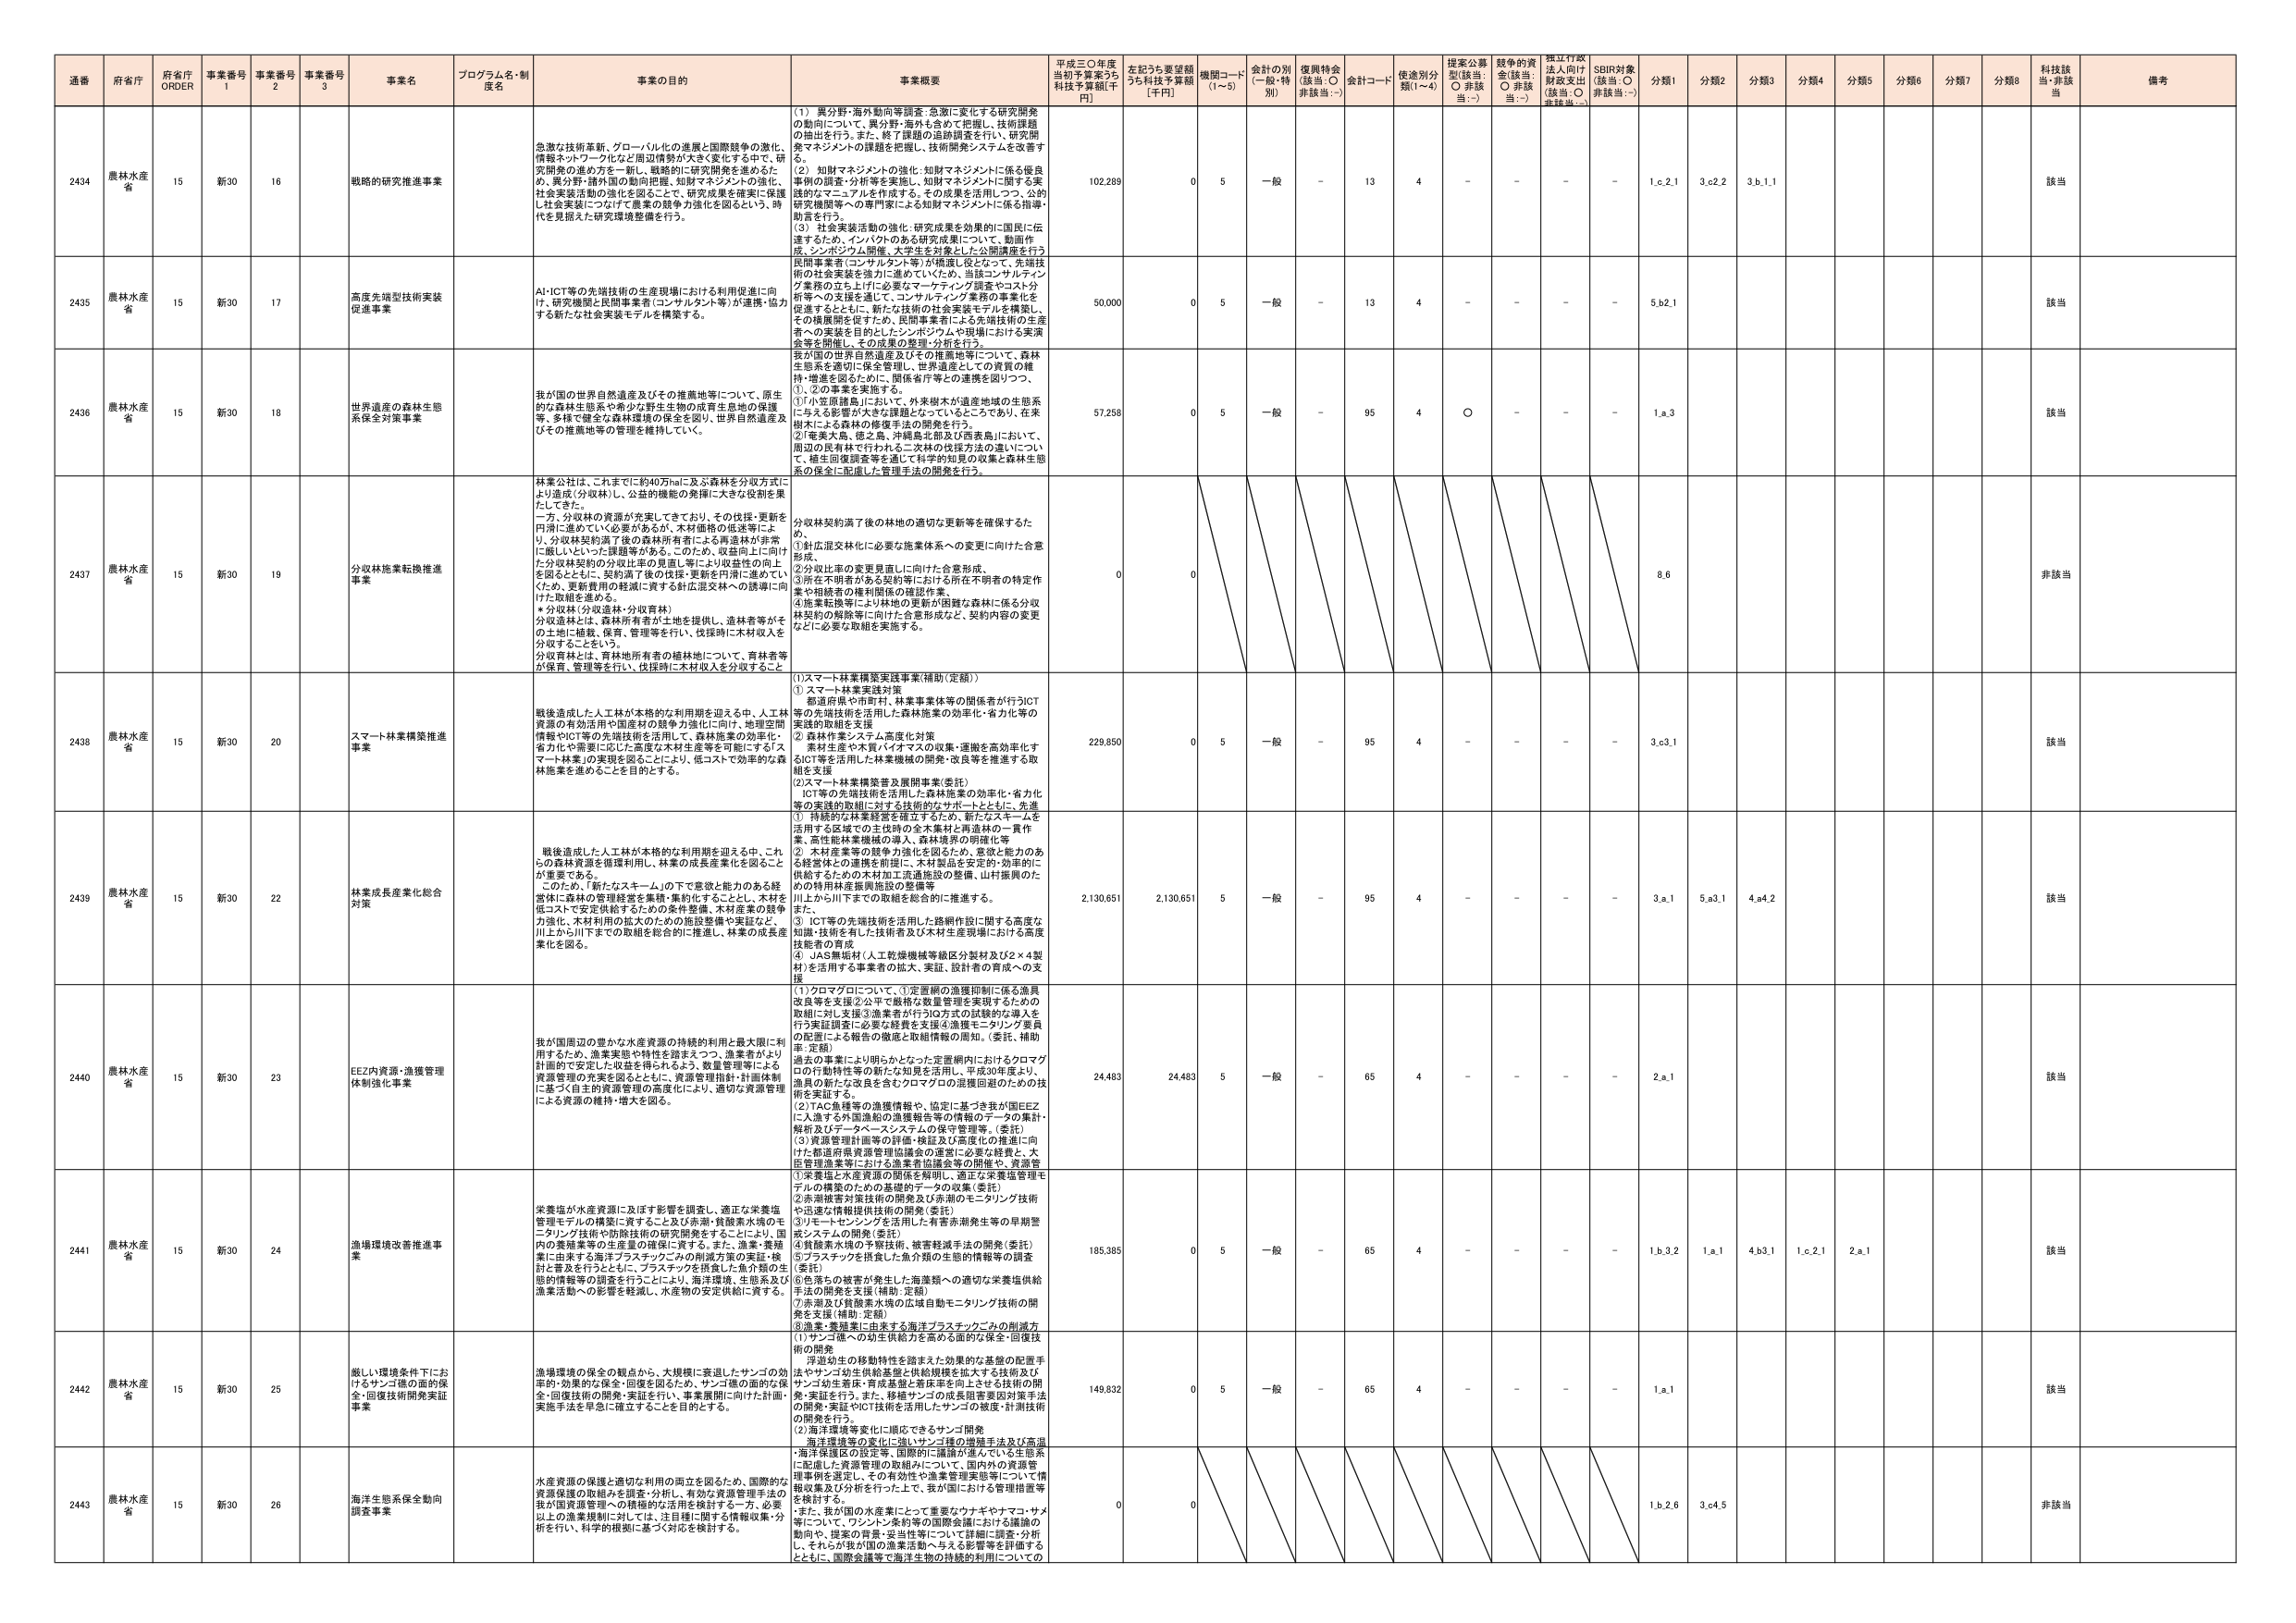
通番 府省庁 府省庁 ORDER 事業番号 1 事業番号 2 事業番号 3 事業名 プログラム名・制度名 事業の目的 事業概要 平成三〇年度当初予算案うち 科技予算額[千円] 左記うち要望額うち科技予算額 [千円] 機関コード (1～5) 会計の別 (一般・特別) 復興特会 (該当：○ 非該当：-) 会計コード 使途別分類(1～4) 提案公募型(該当：○ 非該当：-) 越年の資金(該当：○ 非該当：-) 捏江行政法人向け財政支出(該当：○ 非該当：-) SDBR対象(該当：○ 非該当：-) 分類1 分類2 分類3 分類4 分類5 分類6 分類7 分類8 科技該当・非該当 備考

2434 農林水産省 15 新30 16 戦略的研究推進事業 急激な技術革新、グローバル化の進展と国際競争の激化、情報ネットワーク化など周辺情勢が大きく変化する中で、研究開発の進め方を一新し、戦略的に研究開発を進めるため、異分野・諸外国の動向把握、知財マネジメントの強化、社会実装活動の強化を図ることで、研究成果を確実に保護し社会実装につなげて産業の競争力強化を図るとともに、時代を見据えた研究環境整備を行う。 (1) 異分野・海外動向等調査：急激に変化する研究開発の動向について、異分野・海外も含めて把握し、技術課題の抽出を行う。また、終了課題の追跡調査を行い、研究開発マネジメントの課題を把握し、技術開発システムを改善する。 (2) 知財マネジメントの強化：知財マネジメントに係る優良事例の調査・分析等を実施し、知財マネジメントに関する実践的なマニュアルを作成する。その成果を活用しつつ、公的研究機関等への専門家による知財マネジメントに係る指導・助言を行う。 (3) 社会実装活動の強化：研究成果を効果的に国民に伝達するため、インパクトのある研究成果について、動画作成、シンポジウム開催、大学生を対象とした公開講座を行う。民間事業者（コンサルタント等）が検討し役立つことで、先端技術の社会実装を強力に進めていくため、当該コンサルティング業務の立ち上げに必要なマーケティング調査やコスト分析等への支援を促進し、コンサルティング業務の事業化を促進するとともに、新たな技術の社会実装モデルを構築し、その橋渡しを図る。また、民間事業者による先端技術の生産者への実装を目的としたシンポジウムや現場における実演会等を開催し、その成果の整理・分析を行う。 102,289 0 5 一般 - 13 4 - - - - 1.c.2.1 3.c2.2 3.b.1.1 該当

2435 農林水産省 15 新30 17 高度先端技術実装促進事業 AI・ICT等の先端技術の生産現場における利用促進に向け、研究機関と民間事業者（コンサルタント等）が連携・協力する新たな社会実装モデルを構築する。 50,000 0 5 一般 - 13 4 - - - - 5.b2.1 該当

2436 農林水産省 15 新30 18 世界遺産の森林生態系保全対策事業 我が国の世界自然遺産及びその推薦地等について、原生的な森林生態系や希少な野生生物の成育生息地の保護等、多様で健全な森林環境の保全を図り、世界自然遺産及びその推薦地等の管理を維持していく。 我が国の世界自然遺産及びその推薦地等について、森林生態系を適切に保全管理し、世界遺産としての資質の維持・増進を図るために、関係省庁等との連携を図りつつ、①、②の事業を実施する。 ①「小笠原諸島」において、外来樹木が遺産地域の生態系に与える影響が大きさが課題となっていることから、在来樹木による森林の修復手法の開発を行う。 ②「奄美大島、徳之島、沖縄島北部及び西表島」において、周辺の民有林で行われる二次林の伐採方法の違いについて、植生回復調査等を通じて科学的知見の収集と森林生態系の保全に配慮した管理手法の開発を行う。 57,258 0 5 一般 - 95 4 ○ - - - 1.a.3 該当

2437 農林水産省 15 新30 19 分収林施策転換推進事業 林業公社は、これまでに約40万haに及ぶ森林を分収方式により造成（分収林）し、公益的機能の発揮に大きな役割を果たしてきた。一方、分収林の資源が充実してきており、その伐採・更新を円滑に進めていく必要があるが、木材価格の低迷等により、分収林契約満了後の森林所有者による再造林が非常に厳しいといった課題等がある。このため、収益向上に向けた分収林契約の分収比率の見直し等により収益性の向上を図るとともに、契約満了後の伐採・更新を円滑に進めていくため、更新費用の軽減に資する針広混交林への誘導に向けた取組を進める。 ＊分収林（分収造林・分収育林） 分収造林とは、森林所有者が土地を提供し、造林者等がその土地に植栽、保育、管理等を行い、伐採時に木材収入を分収することをいう。 分収育林とは、育林地所有者の植林地について、育林者等が保育、管理等を行い、伐採時に木材収入を分収すること。 分収林契約満了後の林地の適切な更新等を確保するため、 ①針広混交林化に必要な施業体系への変更に向けた合意形成。 ②分収比率の変更見直しに向けた合意形成。 ③所在不明者がある契約等における所在不明者の特定作業や相続者の権利関係の確認作業。 ④農業転換等により林地の更新が困難な森林に係る分収林契約の解除等に向けた合意形成など、契約内容の変更などに必要な取組を実施する。 0 0 非該当

2438 農林水産省 15 新30 20 スマート林業構策推進事業 戦後造成した人工林が本格的な利用期を迎える中、人工林資源の有効活用や国産材の競争力強化に向け、地理空間情報やICT等の先端技術を活用して、森林施業の効率化・省力化や需要に応じた高質な木材生産等を可能にする「スマート林業」の実現を図ることにより、低コストで効率的な森林施業を進めるのを目的とする。 (1)スマート林業構策実践事業(補助)(定額) ①スマート林業実践対策 都道府県や市町村、林業事業体等の関係者が行うICT等の先端技術を活用した森林施業の効率化・省力化等の実践的取組を支援 ②素材作業システム高度化対策 素材生産や木質バイオマスの収集・運搬を高効率化するICT等を活用した林業機械の開発・改良等を推進する取組を支援 (2)スマート林業構策普及展開事業(委託) ICT等の先端技術を活用した森林施業の効率化・省力化等の実践的取組に対する技術的なサポートとともに、先進的取組の普及を図る。 229,850 0 5 一般 - 95 4 - - - - 3.c3.1 該当

2439 農林水産省 15 新30 22 林業成長産業化総合対策 戦後造成した人工林が本格的な利用期を迎える中、これらの森林資源を循環利用し、林業の成長産業化を図ることが重要である。このため、「新たなスキーム」の下で意欲と能力のある経営体に森林の管理経営を集積・集約化することにより、木材を低コストで安定供給するための条件整備、木材産業の競争力強化、木材利用の拡大のための施設整備や集証など、川上から川下までの取組を総合的に推進し、林業の成長産業化を図る。 (1) 持続的な林業経営を確立するため、新たなスキームを活用する区域での主伐時の全木素材と再造林の一貫作業、高性能林業機械の導入、森林業界の明確化等 (2) 木材産業等の競争力強化を図るため、意欲と能力のある経営体との連携を前提に、木材製品を安定的・効率的に供給するための木材加工流通施設の整備、山村振興のための特用林業振興施設の整備等 川上から川下までの取組を総合的に推進する。また、 (3) ICT等の先端技術を活用した路網作設に関する高度な知識・技術を有した技術者及び木材生産現場における高度技能者の育成 (4) JAS無垢材（人工乾燥機械等級区分製材及び2×4製材）を活用する事業者の拡大、実証、設計者の育成への支援 2,130,651 2,130,651 5 一般 - 95 4 - - - - 3.a.1 5.a3.1 4.a4.2 該当

2440 農林水産省 15 新30 23 EEZ内資源・漁獲管理体制強化事業 我が国周辺の豊かな水産資源の持続的利用と最大限に利用するため、漁業実態や特性を踏まえつつ、漁業者により計画的で安定した収益を図られるよう、数量管理等による資源管理の充実を図るとともに、資源管理指針・計画体制に基づく自主的資源管理の高度化により、適切な資源管理による資源の維持・増大を図る。 (1) クロマグロについて、①定量網の漁獲抑制に係る漁具改良等を支援②公平・厳格な数量管理を実現するための取組に対し支援③漁業者が行うIQ方式の試験的な導入を行う実証調査に必要な経費を支援④漁獲モニタリング要員の配置による報告の徹底と取組情報の周知。（委託、補助率：定額） 過去の事業により明らかとなった一定量網内におけるクロマグロの行動特性等の新たな知見を活用し、平成30年度より、漁具の新たな改良を含むクロマグロの漁獲回避のための技術を実証する。 (2) TAC魚種等の漁獲情報や、協定に基づき我が国EEZに入境する外国漁船の漁獲報告等の情報のデータの集計・解析及びデータベースシステムの保守管理等。（委託） (3) 資源管理計画等の評価・検証及び高度化の推進に向けた都道府県資源管理協議会の運営に必要な経費と、大規模管理漁業等における漁業者協議会等の開催や、資源等 24,483 24,483 5 一般 - 65 4 - - - - 2.a.1 該当

2441 農林水産省 15 新30 24 漁場環境改善推進事業 栄養塩が水産資源に及ぼす影響を調査し、適正な栄養塩管理モデルの構築に資すること及び赤潮・貧酸素水域のモニタリング技術や防除技術の研究開発をすることにより、国内の養殖業者の生産量の確保に資する。また、漁業・養殖業に従事する海洋プラスチックごみの削減方策の実証・検証を普及を行うとともに、プラスチック供給した魚介類の生態的情報等の調査を行うことにより、海洋環境、生態系及び漁業活動への影響を軽減し、水産物の安定供給に資する。 ①栄養塩と水産資源の関係を解明し、適正な栄養塩管理モデルの構築のための基礎的データの収集（委託） ②赤潮被害対策技術の開発及び赤潮のモニタリング技術や迅速な情報提供技術の開発（委託） ③リモートセンシングを活用した有害赤潮発生等の早期警戒システムの開発（委託） ④貧酸素水域の予察技術、酸素経減手法の開発（委託） ⑤プラスチックを供給した魚介類の生態的情報等の調査（委託） ⑥魚落ちの被害が発生した海藻類への適切な栄養塩供給手法の開発を支援（補助、定額） ⑦赤潮及び貧酸素水域の広域自動モニタリング技術の開発を支援（補助、定額） ⑧漁業・養殖業に由来する海洋プラスチックごみの削減方 185,385 0 5 一般 - 65 4 - - - - 1.b.3.2 1.a.1 4.b3.1 1.c.2.1 2.a.1 該当

2442 農林水産省 15 新30 25 厳しい環境条件下におけ るサンゴ礁の面的保全・回復技術開発実証事業 漁場環境の保全の観点から、大規模に衰退したサンゴの効果的・効率的な保全・回復を図るため、サンゴ礁の面的な保全・回復技術の開発・実証を行い、事業展開に向けた計画・実施手法を早急に確立することを目的とする。 (1) サンゴ礁への幼生供給力を高める面的な保全・回復技術の開発 浮遊幼生の移動特性を踏まえた効果的な基盤の配置手法やサンゴ幼生供給量をし最終規模を拡大する技術及びサンゴ幼生着床・育成基盤と着床率を向上させる技術の開発・実証を行う。また、移植サンゴの成長阻害要因対策手法の開発・実証やICT技術を活用したサンゴの被度・計測技術の開発を行う。 (2) 海洋環境等の変化に順応できるサンゴ開発 海洋環境等の変化に強いサンゴ種の増殖手法及び高温・海洋保護区の設定等、国際的に議論が進んでいる生態系に配慮した資源管理の取組みについて、国内外の資源管理事例を選定し、その有効性や漁業管理実態等について情報収集及び分析を行った上で、我が国における管理措置等を検討する。 149,832 0 5 一般 - 65 4 - - - - 1.a.1 該当

2443 農林水産省 15 新30 26 海洋生態系保全動向調査事業 水産資源の保護と適切な利用の両立を図るため、国際的な資源保護の取組みを調査・分析し、有効な資源管理手法の我が国漁業施策への積極的活用を検討する。一方、必要以上の漁業規制に対しては、我が国に関する情報収集・分析を行い、科学的根拠に基づく対応を検討する。 また、我が国の水産業にとって重要なウナギやマコ・サメ等について、ワシントン条約等の国際会議における議論の動向や、関連の背景・妥当性等について詳細に調査・分析し、それらが我が国の漁業活動へ与える影響等を評価するとともに、国際会議等で海洋生物の持続的利用についての 0 0 1.b.2.0 3.c4.5 非該当